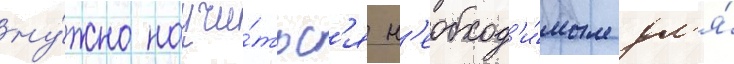
ну́жно научи́тьс'я н'еобход'и́мым дл'я́